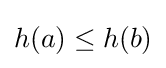
h(a)\leq h(b)